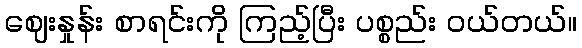
ဈေးနှုန်း စာရင်းကို ကြည့်ပြီး ပစ္စည်း ဝယ်တယ်။